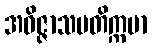
အဝိဇ္ဇာသမတိက္ကမာ